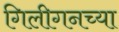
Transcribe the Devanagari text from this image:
गिलीगनच्या